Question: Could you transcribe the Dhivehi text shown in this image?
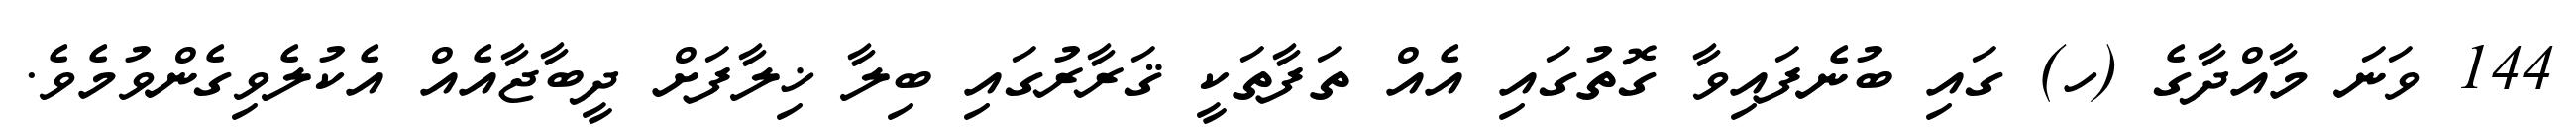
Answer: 144 ވަނަ މާއްދާގެ (ހ) ގައި ބުނެފައިވާ ގޮތުގައި އެއް ތަފާތަކީ ޤަރާރުގައި ބިލާ ޚިލާފަށް ދީބާޖާއެއް އެކުލެވިގެންވުމެވެ.